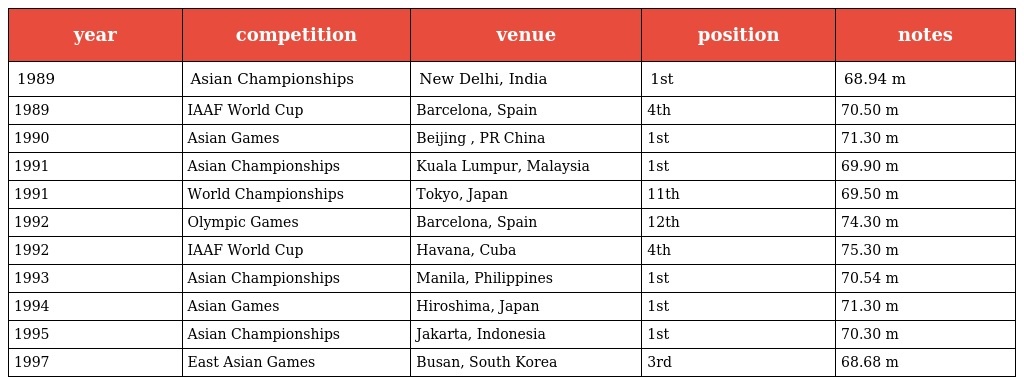
| year | competition | venue | position | notes |
 | --- | --- | --- | --- | --- |
 | 1989 | Asian Championships | New Delhi, India | 1st | 68.94 m |
 | 1989 | IAAF World Cup | Barcelona, Spain | 4th | 70.50 m |
 | 1990 | Asian Games | Beijing , PR China | 1st | 71.30 m |
 | 1991 | Asian Championships | Kuala Lumpur, Malaysia | 1st | 69.90 m |
 | 1991 | World Championships | Tokyo, Japan | 11th | 69.50 m |
 | 1992 | Olympic Games | Barcelona, Spain | 12th | 74.30 m |
 | 1992 | IAAF World Cup | Havana, Cuba | 4th | 75.30 m |
 | 1993 | Asian Championships | Manila, Philippines | 1st | 70.54 m |
 | 1994 | Asian Games | Hiroshima, Japan | 1st | 71.30 m |
 | 1995 | Asian Championships | Jakarta, Indonesia | 1st | 70.30 m |
 | 1997 | East Asian Games | Busan, South Korea | 3rd | 68.68 m |